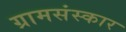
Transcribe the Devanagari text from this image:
ग्रामसंस्कार